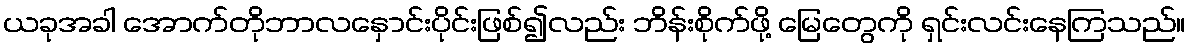
ယခုအခါ အောက်တိုဘာလနှောင်းပိုင်းဖြစ်၍လည်း ဘိန်းစိုက်ဖို့ မြေတွေကို ရှင်းလင်းနေကြသည်။